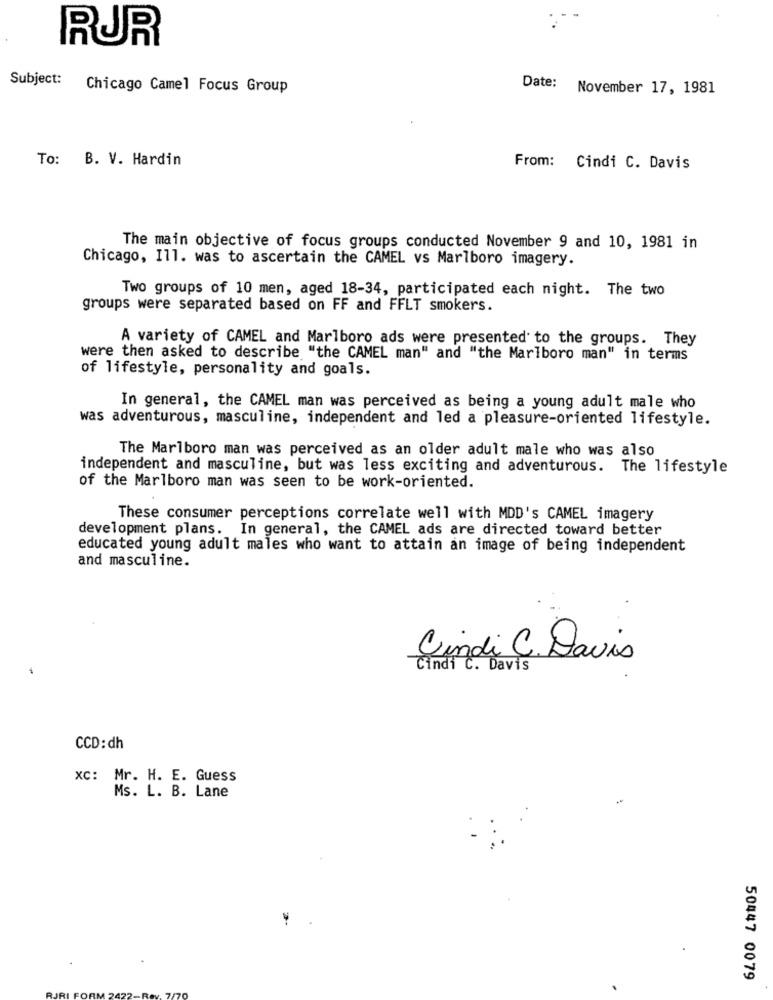
RUR
Subject: Chicago Camel Focus Group
Date: November 17, 1981
To: B. V. Hardin
From: Cindi C. Davis
The main objective of focus groups conducted November 9 and 10, 1981 in
Chicago, Ill. was to ascertain the CAMEL vs Marlboro imagery.
Two groups of 10 men, aged 18-34, participated each night. The two
groups were separated based on FF and FFLT smokers.
A variety of CAMEL and Marlboro ads were presented to the groups. They
were then asked to describe "the CAMEL man" and "the Marlboro man" in terms
of lifestyle, personality and goals.
In general, the CAMEL man was perceived as being a young adult male who
was adventurous, masculine, independent and led a pleasure-oriented lifestyle.
The Marlboro man was perceived as an older adult male who was also
independent and masculine, but was less exciting and adventurous. The lifestyle
of the Marlboro man was seen to be work-oriented.
These consumer perceptions correlate well with MDD's CAMEL imagery
development plans. In general, the CAMEL ads are directed toward better
educated young adult males who want to attain an image of being independent
and masculine.
Cindi C. Davis
Cindi C. Davis
CCD:dh
xc: Mr. H. E. Guess
Ms. L. B. Lane
50447 0079
JRI FORM